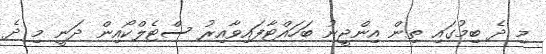
މި ދެ ބިމުގައި ތިން އިންޖީނު ބަހައްޓާފައިވާއިރު ސްޓެލްކޯއިން ދަނީ މި ދެ